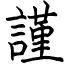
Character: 謹